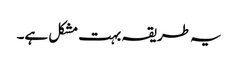
یہ طریقہ بہت مشکل ہے۔